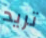
تريد